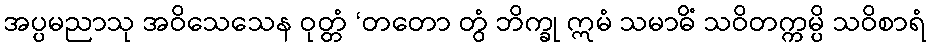
အပ္ပမညာသု အဝိသေသေန ဝုတ္တံ ‘တတော တွံ ဘိက္ခု ဣမံ သမာဓိံ သဝိတက္ကမ္ပိ သဝိစာရံ